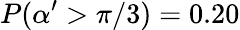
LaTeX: P(\alpha^{\prime}>\pi/3)=0.20